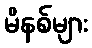
မိနစ်များ